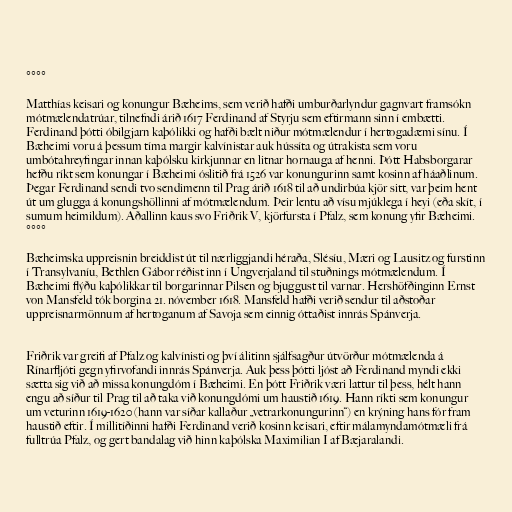
°°°°

Matthías keisari og konungur Bæheims, sem verið hafði umburðarlyndur gagnvart framsókn
mótmælendatrúar, tilnefndi árið 1617 Ferdinand af Styrju sem eftirmann sinn í embætti.
Ferdinand þótti óbilgjarn kaþólikki og hafði bælt niður mótmælendur í hertogadæmi sínu. Í
Bæheimi voru á þessum tíma margir kalvínistar auk hússíta og útrakista sem voru
umbótahreyfingar innan kaþólsku kirkjunnar en litnar hornauga af henni. Þótt Habsborgarar
hefðu ríkt sem konungar í Bæheimi óslitið frá 1526 var konungurinn samt kosinn af háaðlinum.
Þegar Ferdinand sendi tvo sendimenn til Prag árið 1618 til að undirbúa kjör sitt, var þeim hent
út um glugga á konungshöllinni af mótmælendum. Þeir lentu að vísu mjúklega í heyi (eða skít, í
sumum heimildum). Aðallinn kaus svo Friðrik V, kjörfursta í Pfalz, sem konung yfir Bæheimi.
°°°°

Bæheimska uppreisnin breiddist út til nærliggjandi héraða, Slésíu, Mæri og Lausitz og furstinn
í Transylvaníu, Bethlen Gábor réðist inn í Ungverjaland til stuðnings mótmælendum. Í
Bæheimi flýðu kaþólikkar til borgarinnar Pilsen og bjuggust til varnar. Hershöfðinginn Ernst
von Mansfeld tók borgina 21. nóvember 1618. Mansfeld hafði verið sendur til aðstoðar
uppreisnarmönnum af hertoganum af Savoja sem einnig óttaðist innrás Spánverja.

Friðrik var greifi af Pfalz og kalvínisti og því álitinn sjálfsagður útvörður mótmælenda á
Rínarfljóti gegn yfirvofandi innrás Spánverja. Auk þess þótti ljóst að Ferdinand myndi ekki
sætta sig við að missa konungdóm í Bæheimi. En þótt Friðrik væri lattur til þess, hélt hann
engu að síður til Prag til að taka við konungdómi um haustið 1619. Hann ríkti sem konungur
um veturinn 1619-1620 (hann var síðar kallaður „vetrarkonungurinn“) en krýning hans fór fram
haustið eftir. Í millitíðinni hafði Ferdinand verið kosinn keisari, eftir málamyndamótmæli frá
fulltrúa Pfalz, og gert bandalag við hinn kaþólska Maximilian I af Bæjaralandi.